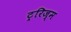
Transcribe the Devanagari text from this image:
ट्ररिज्म